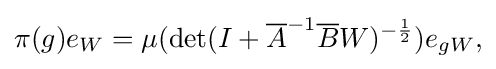
{\pi (g)e_{W}=\mu (\det(I+{\overline {A}}^{-1}{\overline {B}}W)^{-{\frac {1}{2}}})e_{gW},}